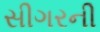
સીગરની